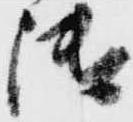
御